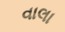
વાલા